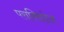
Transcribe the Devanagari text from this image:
पराक्सिडेज़